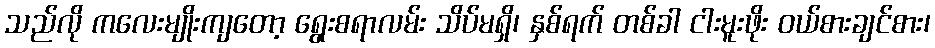
သည်လို ကလေးမျိုးကျတော့ ရွေးစရာလမ်း သိပ်မရှိ၊ နှစ်ရက် တစ်ခါ ငါးမူးဖိုး ဝယ်စားချင်စား၊